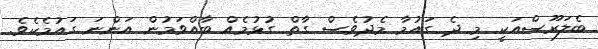
ބެލަރޫސްއަކީ މި ދެ ގައުމާ މެދުވެސް ގާތް ގުޅުމެއް ބާއްވަމުން އަންނަ ގައުމެކެވެ.